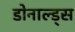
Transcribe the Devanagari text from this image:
डोनाल्ड्स